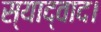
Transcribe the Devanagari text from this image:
स्याद्वाद।